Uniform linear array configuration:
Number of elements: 4
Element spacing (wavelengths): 0.75
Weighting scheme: cosine
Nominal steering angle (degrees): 60
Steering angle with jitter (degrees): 59.424
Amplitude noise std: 0.05
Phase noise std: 0.05

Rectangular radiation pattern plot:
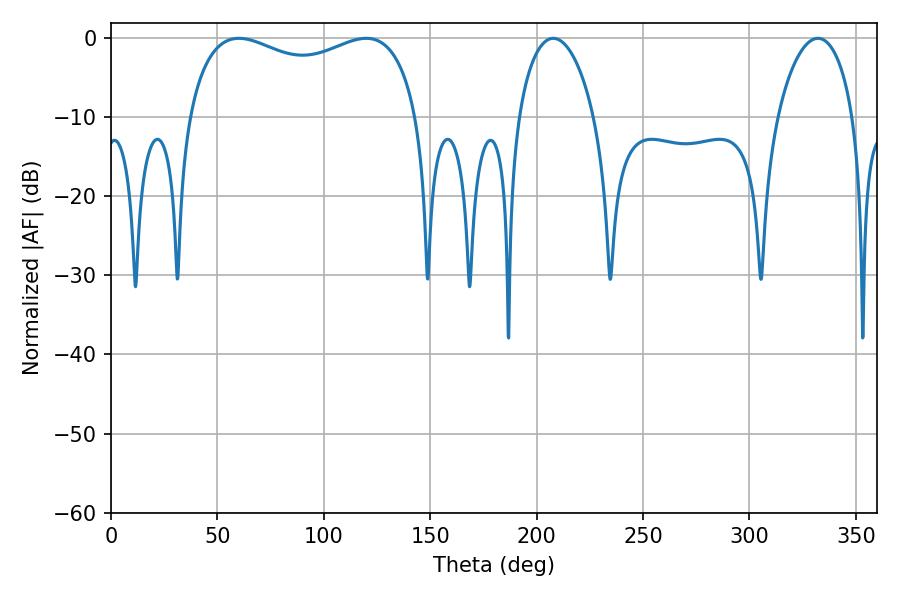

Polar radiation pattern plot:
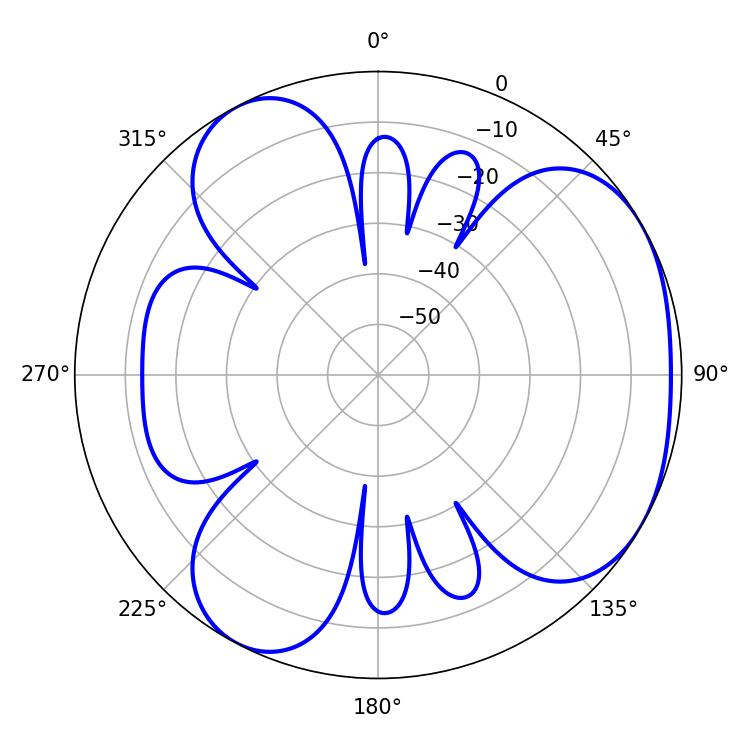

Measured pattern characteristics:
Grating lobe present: TRUE
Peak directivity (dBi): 4.036
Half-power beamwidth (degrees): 89.28
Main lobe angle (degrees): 60.12